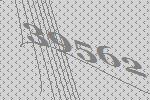
39562